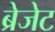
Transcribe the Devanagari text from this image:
ब्रेजेट